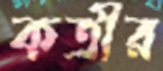
কত্রীর